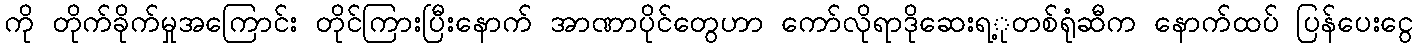
ကို တိုက်ခိုက်မှုအကြောင်း တိုင်ကြားပြီးနောက် အာဏာပိုင်တွေဟာ ကော်လိုရာဒိုဆေးရ့ုတစ်ရုံဆီက နောက်ထပ် ပြန်ပေးငွေ